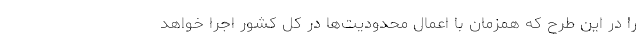
را در این طرح که همزمان با اعمال محدودیت‌ها در کل کشور اجرا خواهد